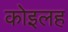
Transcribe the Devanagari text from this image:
कोइलह